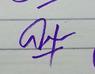
Signature authenticity: genuine